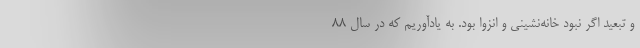
و تبعید اگر نبود خانه‌نشینی و انزوا بود. به یادآوریم که در سال 88